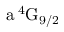
\mathrm { a \, ^ { 4 } G _ { 9 / 2 } }